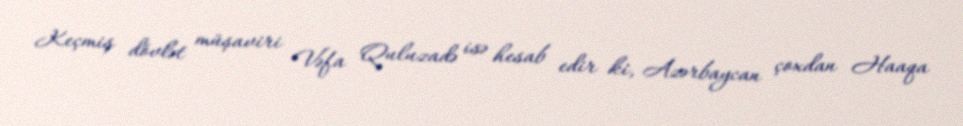
Keçmiş dövlət müşaviri Vəfa Quluzadə isə hesab edir ki, Azərbaycan çoxdan Haaqa